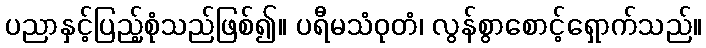
ပညာနှင့်ပြည့်စုံသည်ဖြစ်၍။ ပရီမသံဝုတံ၊ လွန်စွာစောင့်ရှောက်သည်။